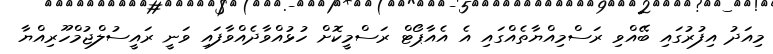
މިއަދު އިފުރުގައި ބޭއްވި ރަސްމިއްޔާތެއްގައި އެ އެއާޕޯޓް ރަސްމީކޮށް ހުޅުއްވާދެއްވާފައި ވަނީ ރައީސުލްޖުމްހޫރިއްޔާ